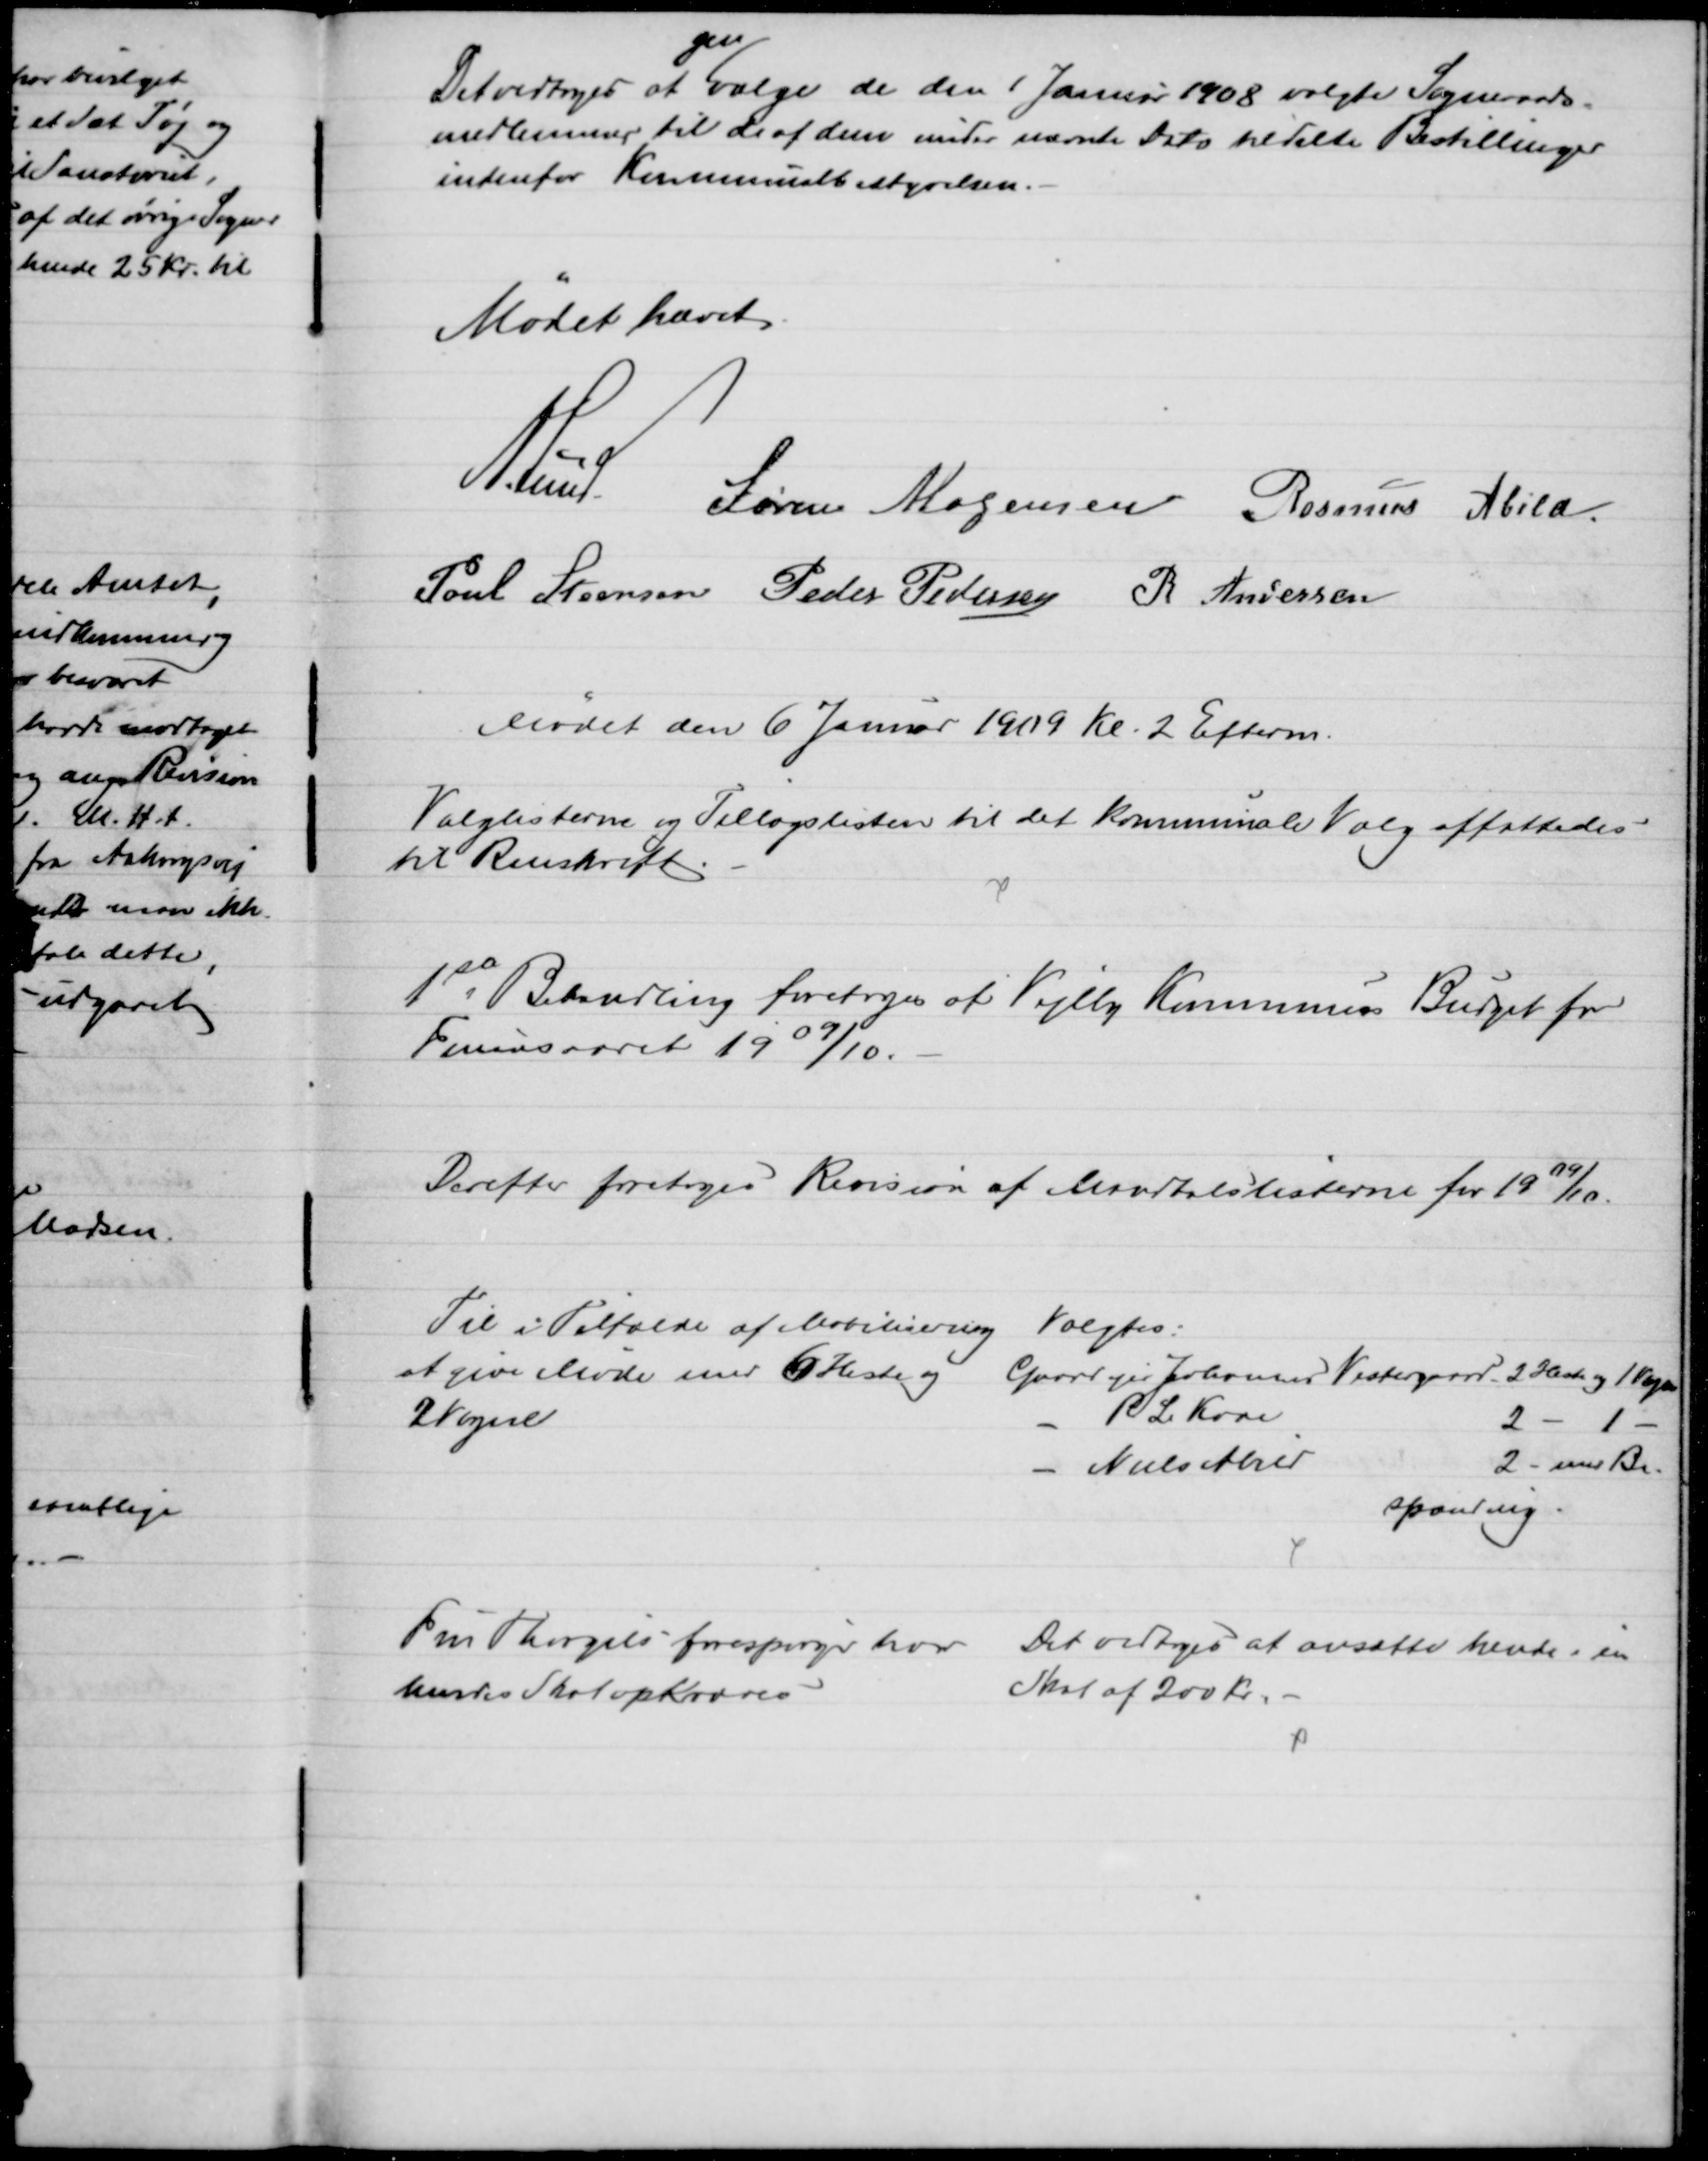
Transskription:
Det vedtoges at 
gen
vælge de den 1 Januar 1908 valgte Sogneraads-
medlemmer til de af dem under nævnte Dato tildelte Bestillinger
indenfor Kommunalbestyrelsen.
Mødet hævet
A Lund 
Søren Mogensen Rasmus Jensen
Poul Steensen Peder Pedersen R Andersen
Mødet den 6 Januar 1909 Kl. 2 Efterm.
Valglisterne og Tillægslisten til det kommunale Valg affattedes
til Renskrift.
1ste Behandling foretoges af Vejlby Kommunes Budget for
Finansaaret 1909/10.
Derefter foretoges Revision af Mandtalslisterne for 1909/10.
Til i Tilfælde af Mobilisering
at give Møde med 6 Heste og
2 Vogne
Valgtes:
Gaardejer Johannes Vestergaard 2 Heste og 1 Vogn
P. L. Kaae
2 - 1 -
Niels Abild
2 - med Be-
spænding.
Fru Thorgils forespørger hvor
hendes Skat opkræves
Det vedtoges at ansætte hende i en
Skat af 200 Kr.